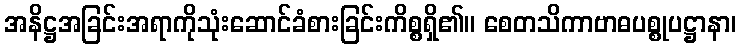
အနိဋ္ဌအခြင်းအရာကိုသုံးဆောင်ခံစားခြင်းကိစ္စရှိ၏။ စေတသိကာဗာဓပစ္စုပဋ္ဌာနာ၊